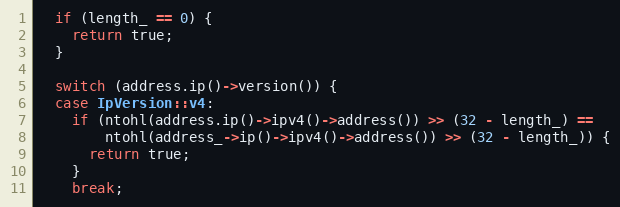
Language: C++
  if (length_ == 0) {
    return true;
  }

  switch (address.ip()->version()) {
  case IpVersion::v4:
    if (ntohl(address.ip()->ipv4()->address()) >> (32 - length_) ==
        ntohl(address_->ip()->ipv4()->address()) >> (32 - length_)) {
      return true;
    }
    break;